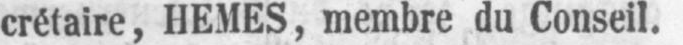
crétaire, HEMES, membre du Conseil.